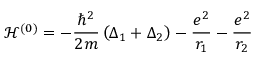
{ \mathcal { H } } ^ { ( 0 ) } = - { \frac { \hbar ^ { 2 } } { 2 m } } \left( \Delta _ { 1 } + \Delta _ { 2 } \right) - { \frac { e ^ { 2 } } { r _ { 1 } } } - { \frac { e ^ { 2 } } { r _ { 2 } } }